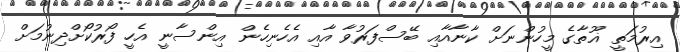
އިރުމަތީ ޣޫތާގެ މީހުންނަށް ކާނާއާއި ބޭސްފަރުވާ އާއި އެހެނިހެން އިންސާނީ އެހީ ފޯރުކޯށްދިނުމަށް